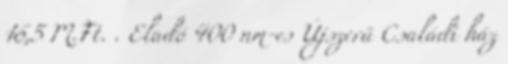
16,5 M.Ft. . Eladó 400 nm-es Újszerű Családi ház